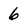
Character: 6